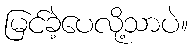
မြင်ခဲ့ပေလို့သာပဲ။